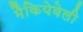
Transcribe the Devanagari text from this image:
मैकियेवेली